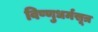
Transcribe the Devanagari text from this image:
विष्णुधर्मसूत्र